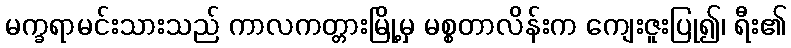
မက္ခရာမင်းသားသည် ကာလကတ္တားမြို့မှ မစ္စတာလိန်းက ကျေးဇူးပြု၍၊ ရီး၏